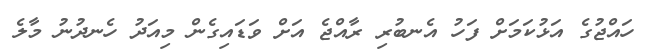
ހައްޖުގެ އަޅުކަމަށް ފަހު އެނބުރި ރާއްޖެ އަށް ވަޑައިގެން މިއަދު ހެނދުނު މާލެ